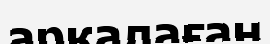
арқалаған